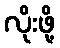
လိုးဖို့